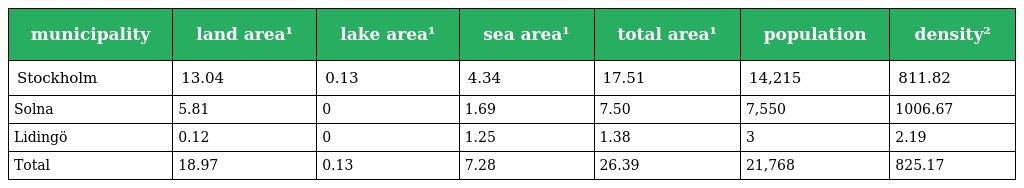
| municipality | land area¹ | lake area¹ | sea area¹ | total area¹ | population | density² |
 | --- | --- | --- | --- | --- | --- | --- |
 | Stockholm | 13.04 | 0.13 | 4.34 | 17.51 | 14,215 | 811.82 |
 | Solna | 5.81 | 0 | 1.69 | 7.50 | 7,550 | 1006.67 |
 | Lidingö | 0.12 | 0 | 1.25 | 1.38 | 3 | 2.19 |
 | Total | 18.97 | 0.13 | 7.28 | 26.39 | 21,768 | 825.17 |